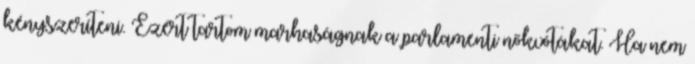
kényszeríteni. Ezért tartom marhaságnak a parlamenti nőkvótákat. Ha nem